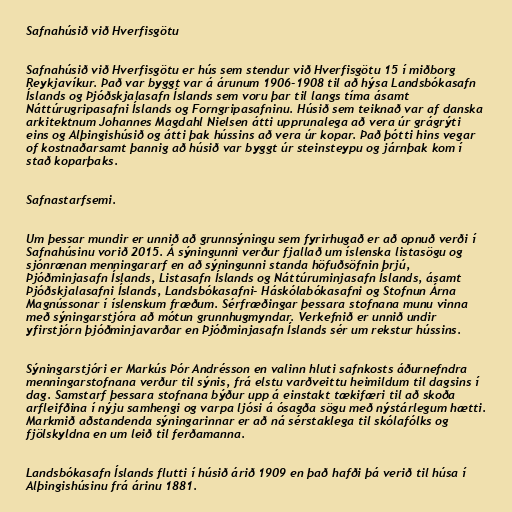
Safnahúsið við Hverfisgötu

Safnahúsið við Hverfisgötu er hús sem stendur við Hverfisgötu 15 í miðborg
Reykjavíkur. Það var byggt var á árunum 1906-1908 til að hýsa Landsbókasafn
Íslands og Þjóðskjalasafn Íslands sem voru þar til langs tíma ásamt
Náttúrugripasafni Íslands og Forngripasafninu. Húsið sem teiknað var af danska
arkitektnum Johannes Magdahl Nielsen átti upprunalega að vera úr grágrýti
eins og Alþingishúsið og átti þak hússins að vera úr kopar. Það þótti hins vegar
of kostnaðarsamt þannig að húsið var byggt úr steinsteypu og járnþak kom í
stað koparþaks.

Safnastarfsemi.

Um þessar mundir er unnið að grunnsýningu sem fyrirhugað er að opnuð verði í
Safnahúsinu vorið 2015. Á sýningunni verður fjallað um íslenska listasögu og
sjónrænan menningararf en að sýningunni standa höfuðsöfnin þrjú,
Þjóðminjasafn Íslands, Listasafn Íslands og Náttúruminjasafn Íslands, ásamt
Þjóðskjalasafni Íslands, Landsbókasafni- Háskólabókasafni og Stofnun Árna
Magnússonar í íslenskum fræðum. Sérfræðingar þessara stofnana munu vinna
með sýningarstjóra að mótun grunnhugmyndar. Verkefnið er unnið undir
yfirstjórn þjóðminjavarðar en Þjóðminjasafn Íslands sér um rekstur hússins.

Sýningarstjóri er Markús Þór Andrésson en valinn hluti safnkosts áðurnefndra
menningarstofnana verður til sýnis, frá elstu varðveittu heimildum til dagsins í
dag. Samstarf þessara stofnana býður upp á einstakt tækifæri til að skoða
arfleifðina í nýju samhengi og varpa ljósi á ósagða sögu með nýstárlegum hætti.
Markmið aðstandenda sýningarinnar er að ná sérstaklega til skólafólks og
fjölskyldna en um leið til ferðamanna.

Landsbókasafn Íslands flutti í húsið árið 1909 en það hafði þá verið til húsa í
Alþingishúsinu frá árinu 1881.